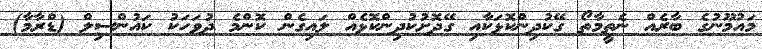
މައުމޫނުގެ ބާރެއް ނެތީމާތޯ ގޭކުދިންކޮޅަކާއި ގޭދޮށުކުދިންކޮޅެއް ލައިގެން ކޮންމެ ދުވަހަކު ކައުންސިލް (ޑްރާމާ)